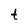
Character: t